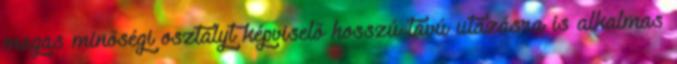
magas minőségi osztályt képviselő hosszú távú utazásra is alkalmas